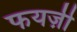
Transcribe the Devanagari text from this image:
फयज़ी